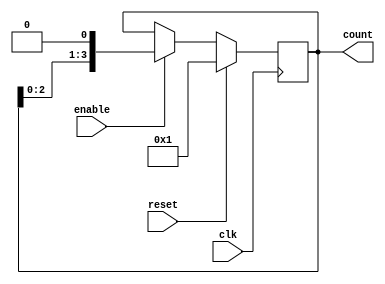
module RingCounter_with_Enable (
    input clk,
    input reset,
    input enable,
    output reg [3:0] count
);

always @(posedge clk) begin
    if (reset) begin
        count <= 4'b0001;
    end else if (enable) begin
        count <= count << 1;
    end
end

endmodule